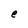
Character: e